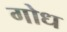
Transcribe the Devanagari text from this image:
गोध